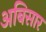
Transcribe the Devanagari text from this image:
अबिसार